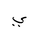
Letter: _ya